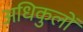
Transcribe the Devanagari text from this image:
अधिकुलों